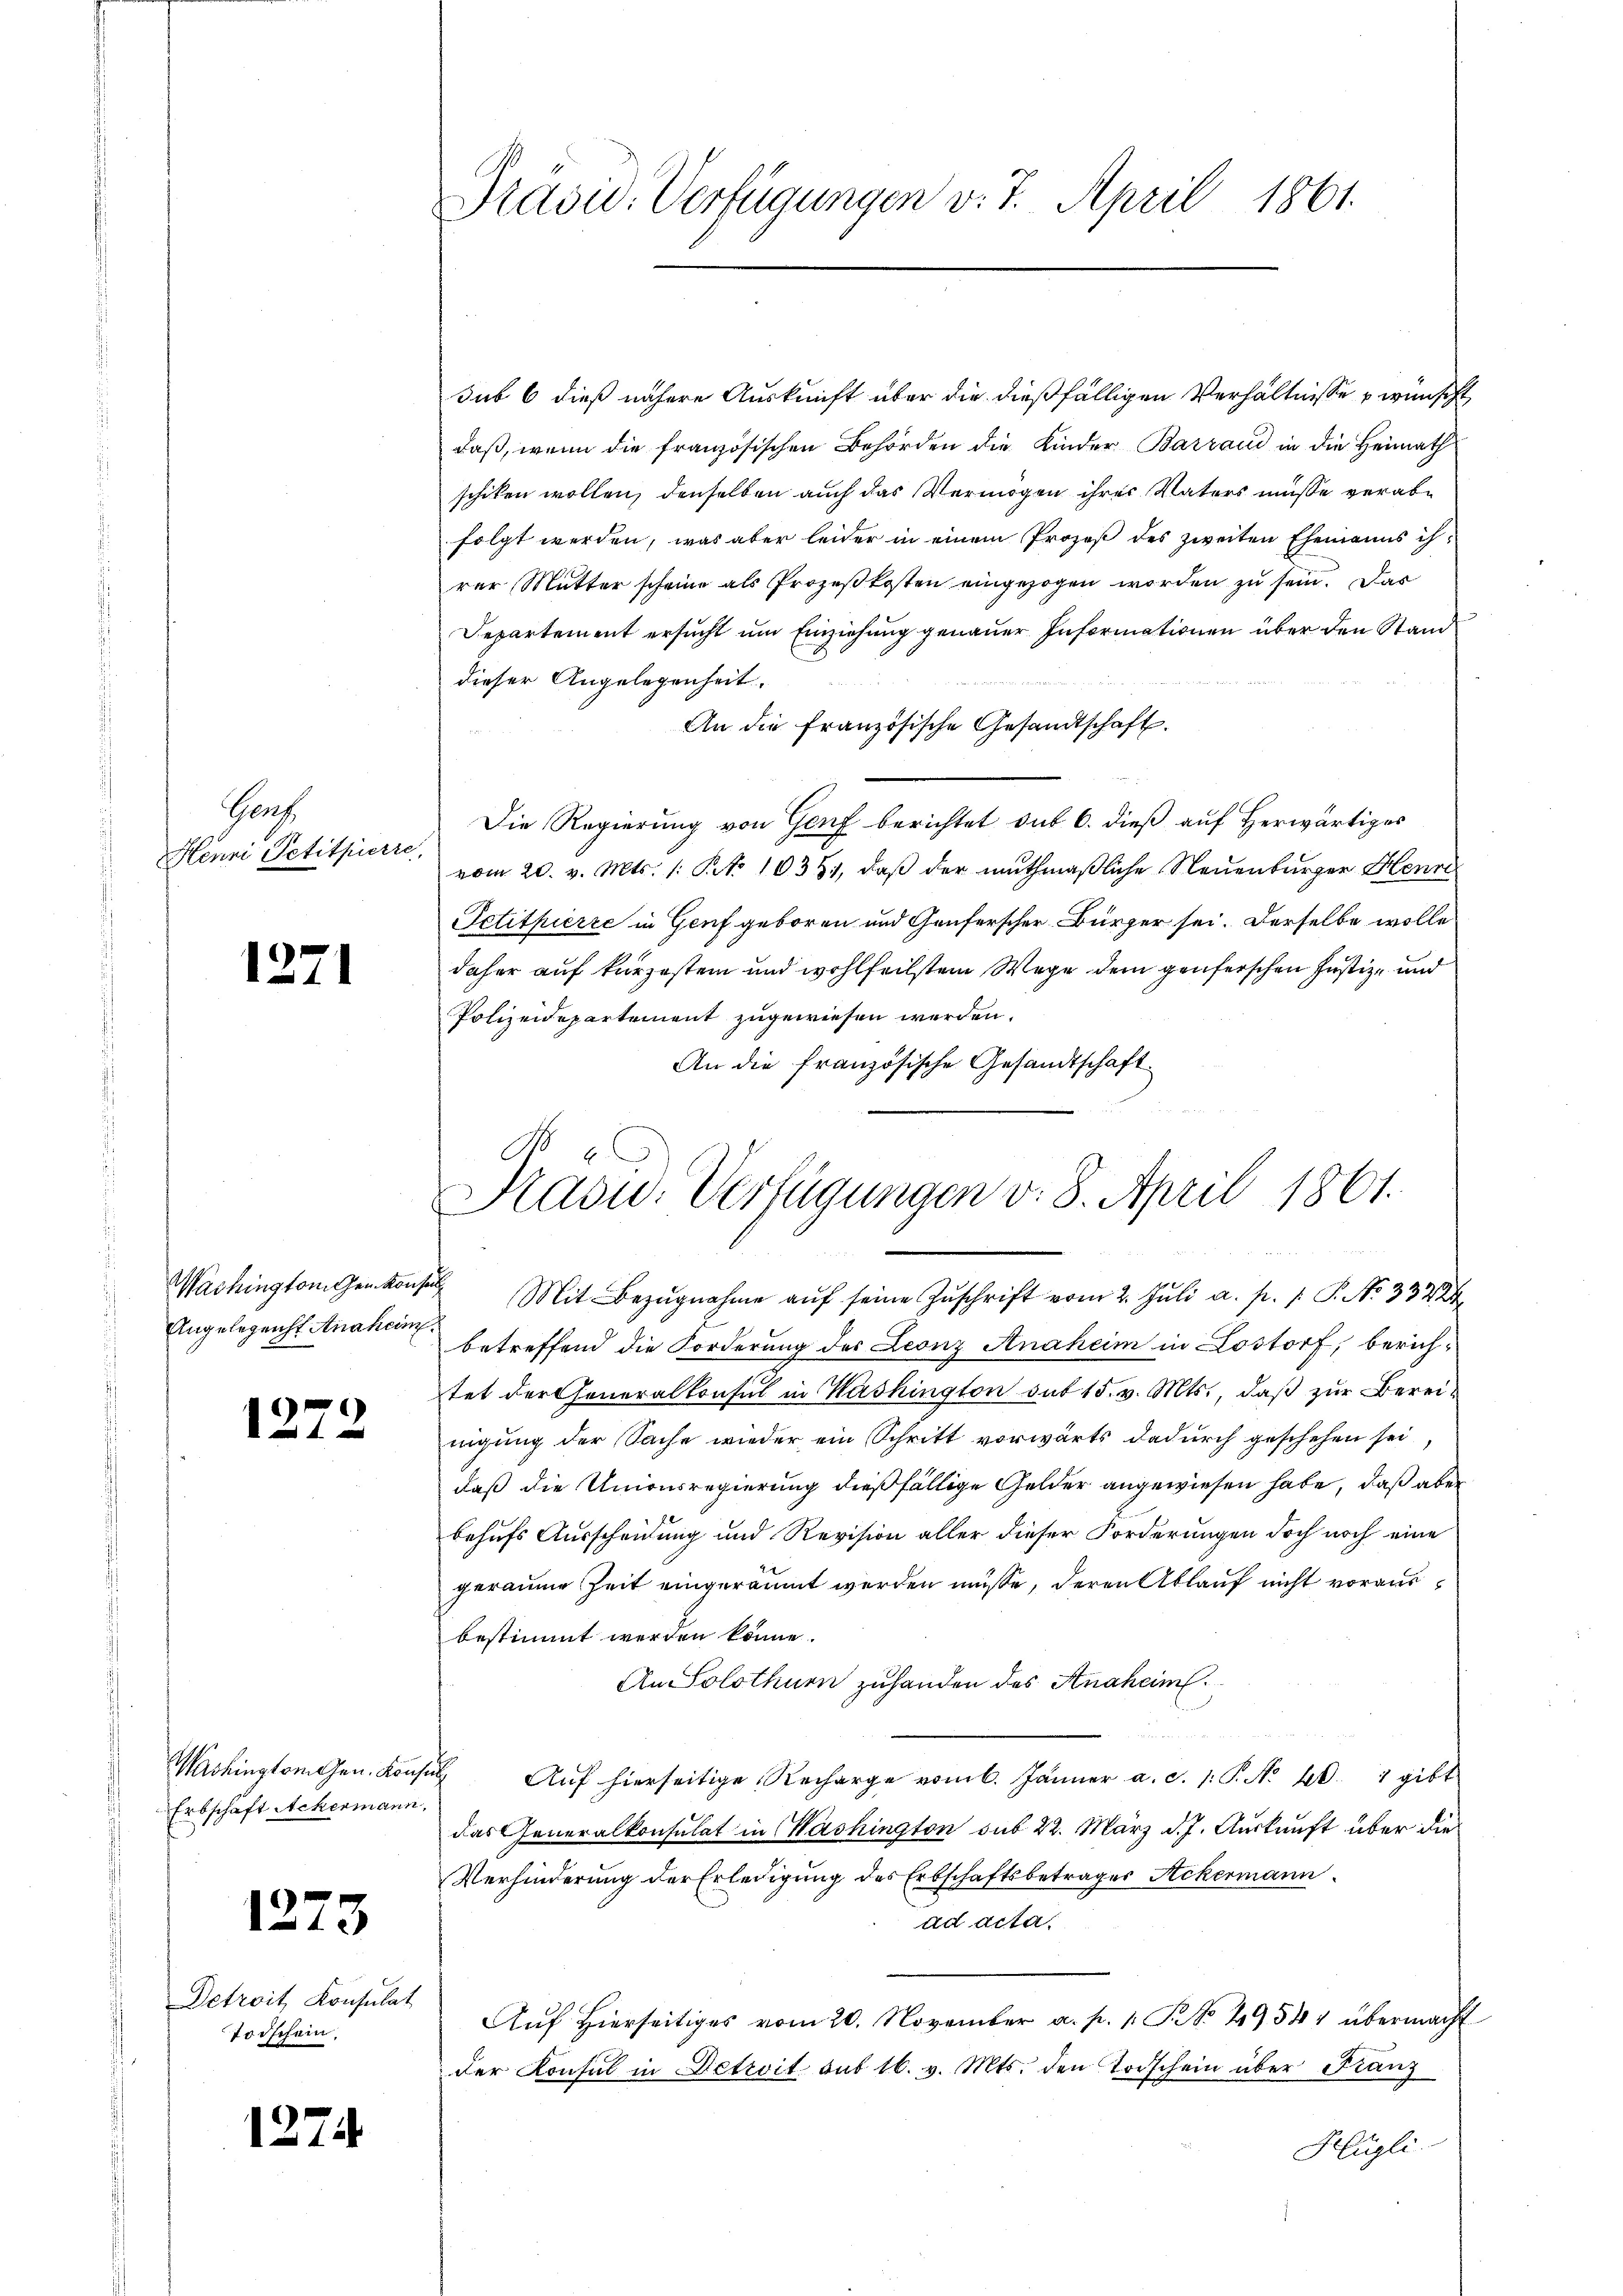
Ganz
Henri Petitpierre

1271

Washington Gen. Konsen
Angelegenst Anaheim.

1273

Detroit, Konsulat
Todschein,

12.

1274

Erbschäft Ackermann,

Präsid. Verfügungen v. 7. April 1861.

Kadw. Verfügungen v. 8. April 1861.

sub 6 dieß nähere Auskunft über die dießfälligen Verhältnisse u wünscht
daß, wenn die französischen Behörden die Kinder Barrand in die Heimath
schiken wollen, denselben auch das Vermögen ihrer Vaters müsse verabfolgt werden, was aber leider in einem Prozeß des zweiten Ehemanns ihrer Mutter scheine als Prozeßkosten eingezogen worden zu sein. Das
Departement ersucht um Einziehung genauer Informationen über den Stand
dieser Angelegenheit.
An die französische Gesandtschaft.
Die Regierung von Genf berichtet sub 6. dieß auf herwärtiges
vom 20. v. Mts. 1. Pct. 10351, daβ der muthmaßliche Neuenburger Henre
Petitpirre in Genf geboren und Genferscher Bürger sei. Derselbe wolle
daher auf kurzestem und wohlfeilstem Wege dem genferschen Justiz- und
Polizeidepartement zugewiesen werden.
An die französische Gesandtschaft
" Mit Bezŭgnahme aŭf seine Zŭschrift vom 2. Jŭli a. p. 1. P. N. 33224
betreffend die Forderung des Leonz Anaheim in Lostorf, berich-
tet der Generalkonsul in Washington out 15. v. Mts., daß zur Bereinigung der Sache wieder ein Schritt vorwärts dadurch geschehen sei,
daß die Unionsregierung dießfällige Gelder angewiesen habe, daß aber
behufs Ausscheidung und Revision aller dieser Forderungen doch noch eine
geraume Zeit eingeräumt werden müsse, deren Ablauf nicht vorausbestimmt werden könne.
An Solothurn zuhanden des Anaheim.
Michingtonen. Konsul Aŭf hierseitige Recharge vom 6. Jänner a. c. 1. P. No 40. 7 gibt
das Generalkonsulat in Washington sub 22. März d. J. Auskunft über die
Verhinderung der Erledigung des Erbschaftsbetrages Ackermann
ad acta.
Aŭf Hierseitiges vom 20. November a. p. 1. P. No. 49544 übermacht
der Konsul in Detroit but 16. v. Mts. den Todschein über Franz
Hügli